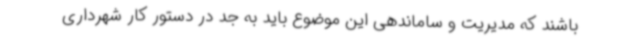
باشند که مدیریت و ساماندهی این موضوع باید به جد در دستور کار شهرداری